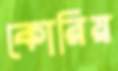
কোরিয়